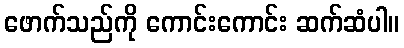
ဖောက်သည်ကို ကောင်းကောင်း ဆက်ဆံပါ။